Medical and sanitary report of the native army of Bengal for the year
Year: 1878
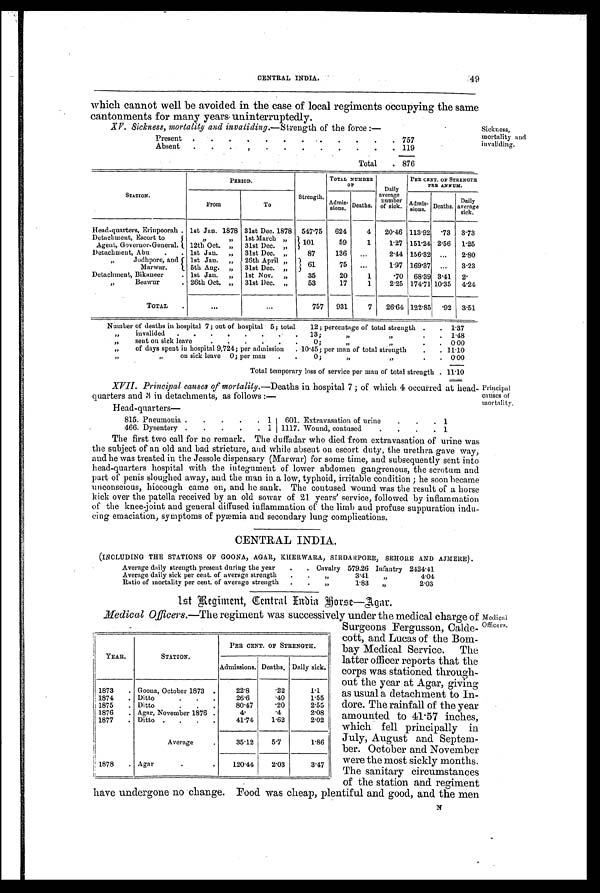
CENTRAL INDIA.
49
which cannot well be avoided in the case of local regiments occupying the same
cantonments for many years uninterruptedly.
•
XV. Sickness, mortality and invaliding. —Strength of the force :—
Sickness,
mortality and
invaliding.
Present .
. . • • • • • • • • 7 5 7
Absent
.
.
.
1 1 9
Total
. 876
PERIOD.
Strength.
TOTAL NUMBER
OF
Daily
average
number
of sick.
PER CENT. OF STRENGTH
PER ANNUM.
STATION.
From
To
Admis-
sions. Deaths.
Admissions Deaths.
Daily
average
sick.
Head-quarters, Erinpoorah . 1st Jan. 1878 31st Dec. 1878 547.75
624
4
20'46 113.92 .73 3.73
Detachment, Escort to
,,
, ,
1st March „
101
59
1
1.27 151. 24 2.56 1.25
Agent, Governor-General.
12th Oct. „ 31st Dec. „
Detachment, Abu
.
. 1st Jan. „ 31st Dec. „
87
136
...
2.44 156.32 ...
2.80
,,
Jodhpore, and let Jan. „ 26th April „
61
75
...
197 169.37 ...
3.23
Marwar.
5th Aug. „ 31st Dec. „
Detachment, Bikaueer
. 1st Jan. „ 1st Nov. „
35
20
1
.70 68.39 3.41 2.
„
Beawur
. 26th Oct. „ 31st Dec. „
53
17
1
2.25 174.71 10.35 4.24
TOTAL
.
...
...
757
931
7
26.64 122.85 .92 3.51
Number of deaths in hospital 7; out of hospital 5; total 12; percentage of total strength .
. 1.37
invalided
.
.
.
.
.
.
.
.
13;
.
, ,
,,
.
1 .48
,,
sent on sick leave
.
.
.
.
.
.
0;
.
.
0 . 0 0
„
of days spent in hospital 9,724; per admission . 10.45; per man of total strength
.
. 11.10
,,
,,
on sick leave 0; per man
.
.
0 ;
.
. 0.00
Total temporary loss of service per man of total strength .. 11.10
XVII. Principal causes of mortality.—Deaths in hospital 7 ; of which 4 occurred at head-
quarters and 3 in detachments, as follows :-
Head-quarters —
815. Pneumonia
.
•
.
. 1
601. Extravasation of urine
.
.
. 1
466. Dysentery .
.
.
.
. 1 1117. Wound, contused
.
.
.
. 1
The first two call for no remark. The duffadar who died from extravasation of urine was
the subject of an old and bad stricture, and while absent on escort duty, the urethra gave way,
and he was treated in the Jessole dispensary (Marwar) for some time, and subsequently sent into
head-quarters hospital with the integument of lower abdomen gangrenous, the scrotum and
part of penis sloughed away, and the man in a low, typhoid, irritable condition ; he soon became
unconscious, hiccough came on, and he sank. The contused wound was the result of a horse
kick over the patella received by an old sowar of 21 years' service, followed by inflammation
of the knee-joint and general diffused inflammation of the limb and profuse suppuration indu-
cing emaciation, symptoms of pyæmia and secondary lung complications.
CENTRAL INDIA.
(INCLUDING THE STATIONS OF GOONA, AGAR, KIIERWARA, SIRDARPORE, SEHORE AND ADIERE).
Average daily strength present during the year
.
. Cavalry 579.26 Infantry 2424.41
Average daily sick per cent. of average strength
.
.
,,
3.41
„
4.04
Ratio of mortality per cent. of average strength
.
.
,,
1.83
, ,
2.03
1st Regiment, Central India Horse—Agar.
Principal
causes of
mortality.
Medical Officers.— The regiment was successively under the medical charge of Medical Officers
Surgeons Fergusson, Calde-
cott, and Lucas of the Bom-
bay Medical Service. The
latter officer reports that the
corps was stationed through-
out the year at Agar, giving
as usual a detachment to In-
dore. The rainfall of the year
amounted to 41. 57 inches,
which fell principally in
July, August and Septem-
ber. October and November
were the most sickly months.
The sanitary circumstances
of the station and regiment
have undergone no change. Food was cheap, plentiful and good, and the men
N
YEAR.
STATION.
PER CENT. OF STRENGTH.
Admissions. Deaths, Daily sick.
1873
. Goona, October 1873 .
22.8
. 2 2
1.1
1874
. Ditto . . .
26.6
. 4 0
1.55
1875
. Ditto . . .
80.47
. 2 0
2.55
1876
. Agar, November 1876 .
4 .
. 4
2.08
1877
. Ditto .
. . .
41.74
1.62
2.02
Average
35.12
5.7
1.86
1878
. Agar
.
120.44
2.03
3.47